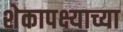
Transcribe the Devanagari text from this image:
शेकापक्ष्याच्या